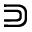
\Supset